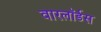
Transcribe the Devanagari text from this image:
वारलॉर्डस